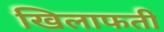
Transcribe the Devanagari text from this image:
खिलाफती